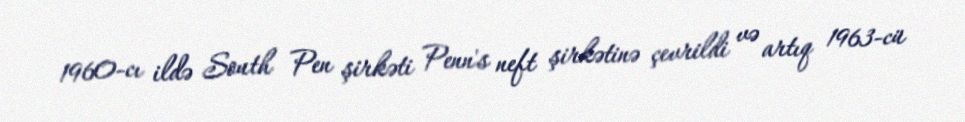
1960-cı ildə South Pen şirkəti Penn's neft şirkətinə çevrildi və artıq 1963-cü